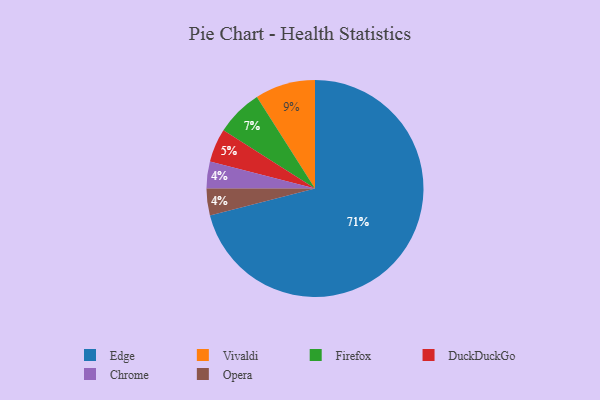
{"axis": {"x": "Category", "y": "Percentage"}, "legend": ["Chrome", "DuckDuckGo", "Edge", "Firefox", "Opera", "Vivaldi"], "data": [{"x": "Vivaldi", "y": 9, "type": "Vivaldi"}, {"x": "Chrome", "y": 4, "type": "Chrome"}, {"x": "Firefox", "y": 7, "type": "Firefox"}, {"x": "Opera", "y": 4, "type": "Opera"}, {"x": "DuckDuckGo", "y": 5, "type": "DuckDuckGo"}, {"x": "Edge", "y": 71, "type": "Edge"}]}